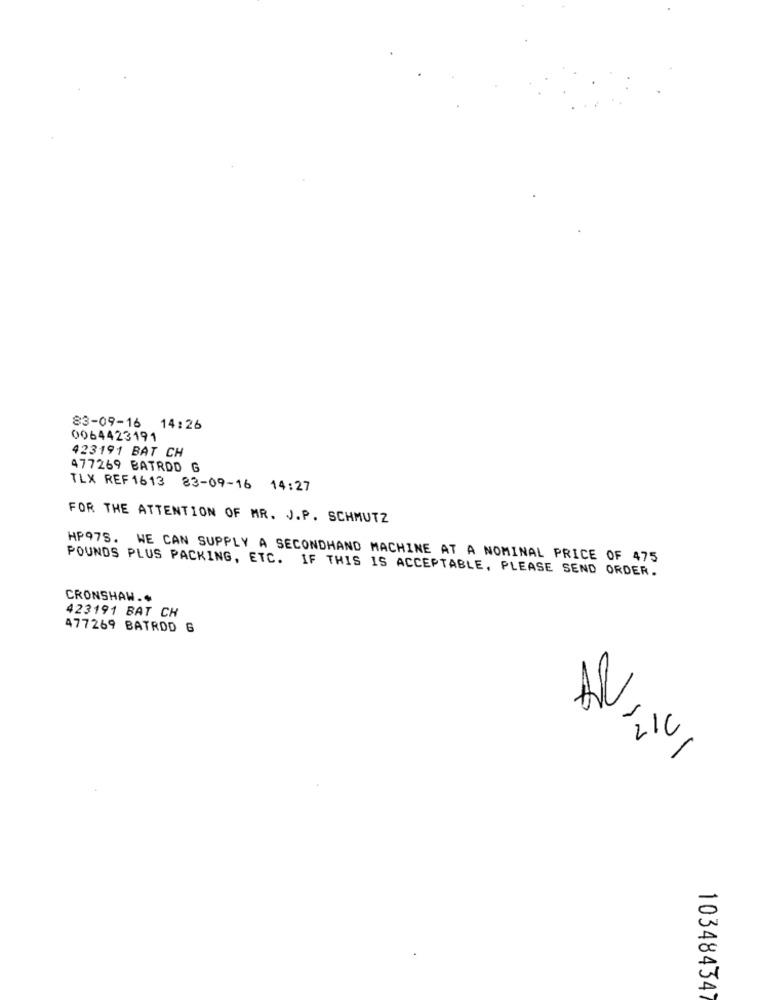
83-09-16 14:26
0064423191
423191 BAT CH
477269 BATRDD G
TLX REF 1613 83-09-16 14:27
FOR THE ATTENTION OF MR. J.P. SCHMUTZ
HP978. WE CAN SUPPLY A SECONDHAND MACHINE AT A NOMINAL PRICE OF 475
POUNDS PLUS PACKING, ETC. IF THIS IS ACCEPTABLE, PLEASE SEND ORDER.
CRONSHAW ..
423191 BAT CH
477269 BATROD 6
AV,
ZIC
103484347